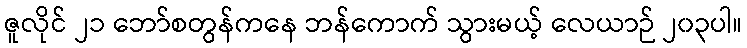
ဇူလိုင် ၂၁ ဘော်စတွန်ကနေ ဘန်ကောက် သွားမယ့် လေယာဉ် ၂၀၃ပါ။